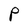
Character: P